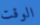
الوقت